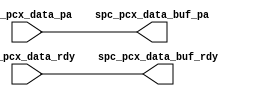
module pcx_databuf_pa(/*AUTOARG*/
   // Outputs
   spc_pcx_data_buf_pa, spc_pcx_data_buf_rdy, 
   // Inputs
   spc_pcx_data_pa, spc_pcx_data_rdy
   );

   output [123:0]spc_pcx_data_buf_pa;
   output        spc_pcx_data_buf_rdy;

   input [123:0]spc_pcx_data_pa;
   input        spc_pcx_data_rdy;

   assign spc_pcx_data_buf_pa = spc_pcx_data_pa;
   assign spc_pcx_data_buf_rdy  =  spc_pcx_data_rdy;
   
   
endmodule